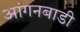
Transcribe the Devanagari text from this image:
आंगनबाडी